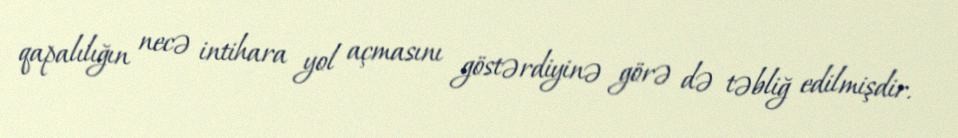
qapalılığın necə intihara yol açmasını göstərdiyinə görə də təbliğ edilmişdir.